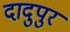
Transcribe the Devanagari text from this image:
दादुपुर